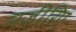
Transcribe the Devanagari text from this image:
नज़ीरिए